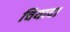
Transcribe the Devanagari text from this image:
चियादा